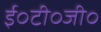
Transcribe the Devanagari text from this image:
ई०टी०जी०